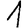
Digit: 1